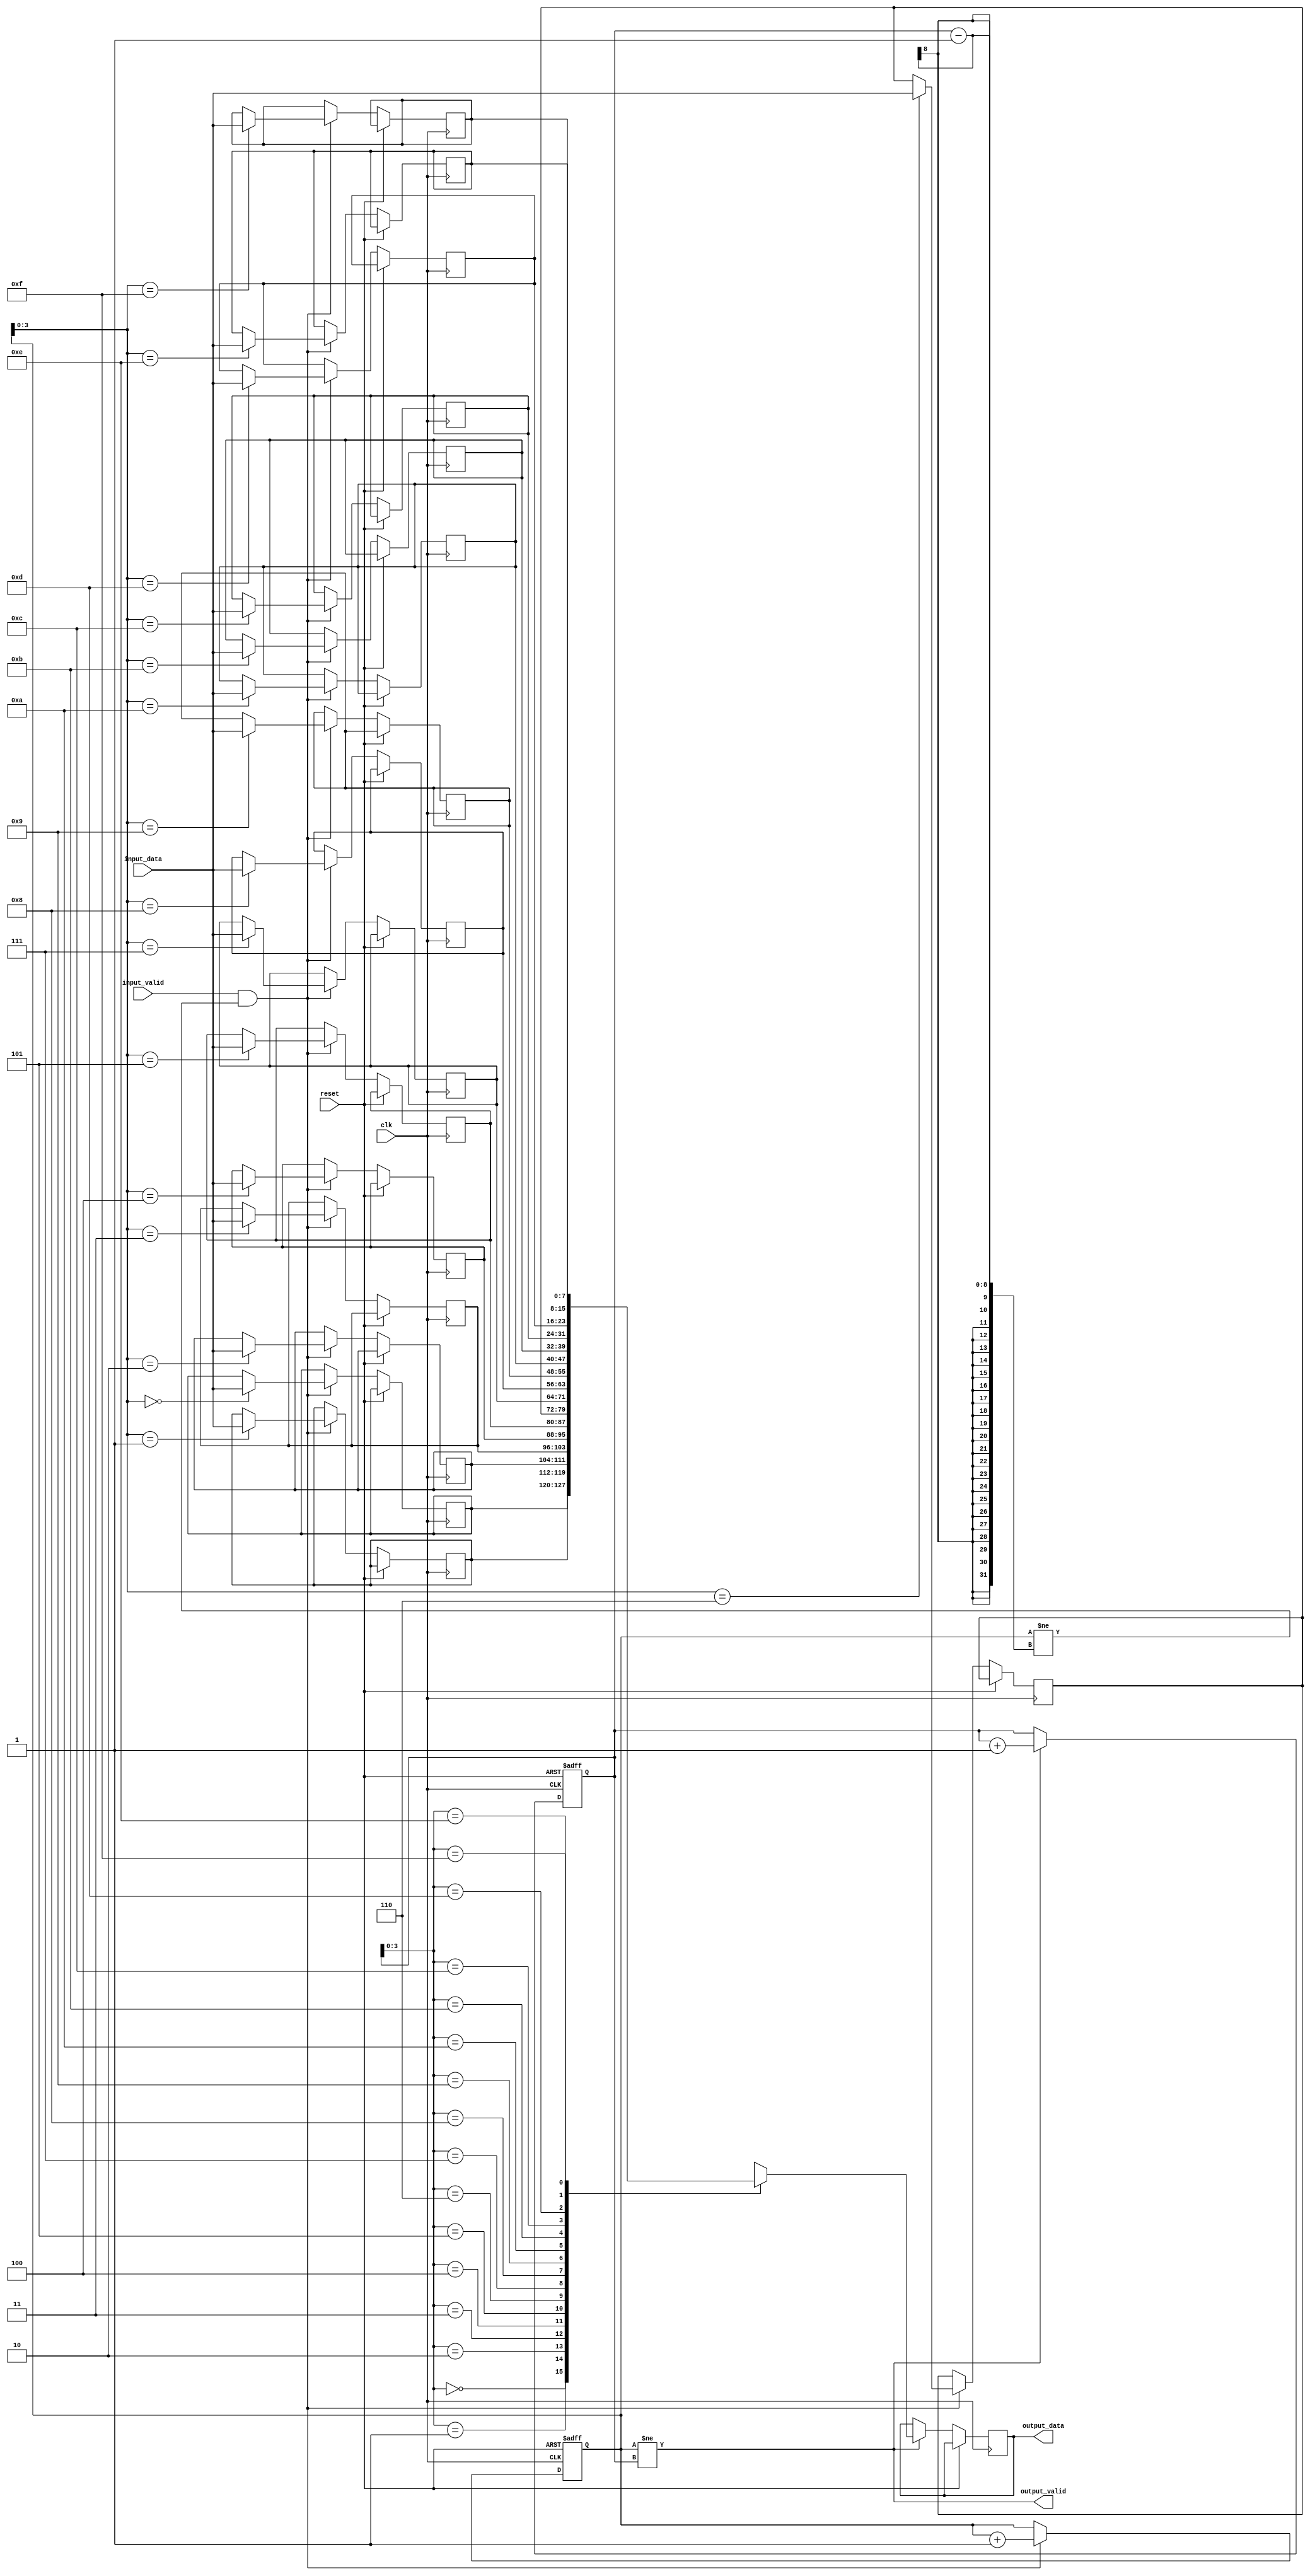
module timing_control_and_sync_block (
    input wire clk,
    input wire reset,
    input wire [DATA_WIDTH-1:0] input_data,
    output reg [DATA_WIDTH-1:0] output_data,
    input wire input_valid,
    output wire output_valid
);

parameter DATA_WIDTH = 8;
parameter FIFO_DEPTH = 16;

reg [DATA_WIDTH-1:0] fifo [FIFO_DEPTH-1:0];
reg [DATA_WIDTH-1:0] read_data;
reg [DATA_WIDTH-1:0] write_pointer;
reg [DATA_WIDTH-1:0] read_pointer;

always @ (posedge clk or posedge reset)
begin
    if (reset) begin
        write_pointer <= 0;
        read_pointer <= 0;
    end else begin
        if (input_valid && (write_pointer != read_pointer - 1)) begin
            fifo[write_pointer] <= input_data;
            write_pointer <= write_pointer + 1;
        end
        
        if (output_valid && (write_pointer != read_pointer)) begin
            read_data <= fifo[read_pointer];
            read_pointer <= read_pointer + 1;
        end
    end
end

assign output_valid = (write_pointer != read_pointer);
assign output_data = read_data;

endmodule